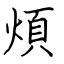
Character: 煩